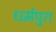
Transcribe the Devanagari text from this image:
धर्मपुरा